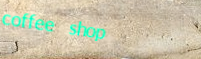
coffee shop